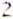
2